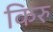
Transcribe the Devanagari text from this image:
किरु